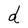
Character: d